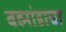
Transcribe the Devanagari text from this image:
बह्मांडाचा